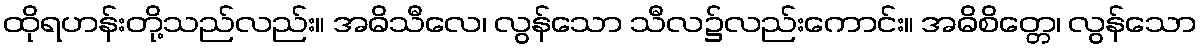
ထိုရဟန်းတို့သည်လည်း။ အဓိသီလေ၊ လွန်သော သီလ၌လည်းကောင်း။ အဓိစိတ္တေ၊ လွန်သော